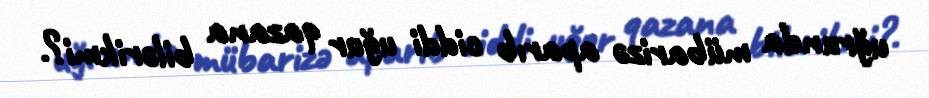
uğrunda mübarizə aparıb ciddi uğur qazana bilərikmi?.